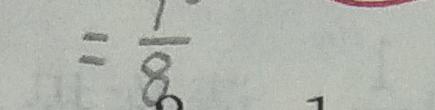
= \frac { 1 } { 8 }